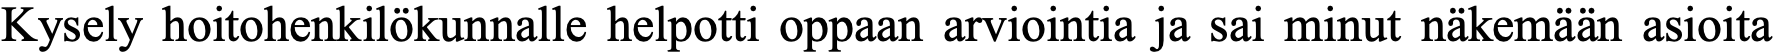
Kysely hoitohenkilökunnalle helpotti oppaan arviointia ja sai minut näkemään asioita